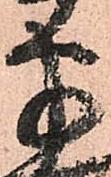
半